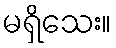
မရှိသေး။